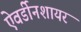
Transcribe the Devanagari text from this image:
ऐवर्डीनशायर